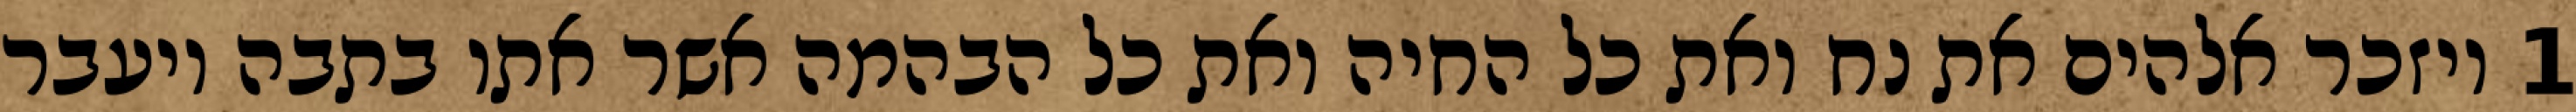
1 ויזכר אלהים את נח ואת כל החיה ואת כל הבהמה אשר אתו בתבה ויעבר